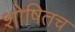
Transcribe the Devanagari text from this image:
शोषितच